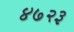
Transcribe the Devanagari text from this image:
४७२३